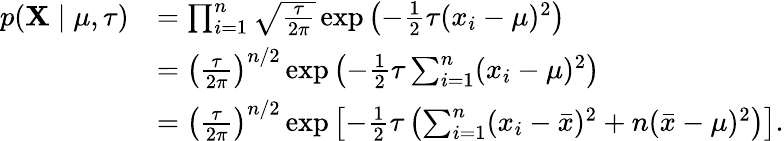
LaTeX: {\begin{array}{rl}{p(\mathbf{X}\mid\mu,\tau)}&{=\prod_{i=1}^{n}{\sqrt{\frac{\tau}{2\pi}}}\exp\left(-{\frac{1}{2}}\tau(x_{i}-\mu)^{2}\right)}\\ &{=\left({\frac{\tau}{2\pi}}\right)^{n/2}\exp\left(-{\frac{1}{2}}\tau\sum_{i=1}^{n}(x_{i}-\mu)^{2}\right)}\\ &{=\left({\frac{\tau}{2\pi}}\right)^{n/2}\exp\left[-{\frac{1}{2}}\tau\left(\sum_{i=1}^{n}(x_{i}-{\bar{x}})^{2}+n({\bar{x}}-\mu)^{2}\right)\right].}\end{array}}